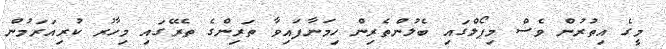
މީގެ އިތުރުން ވެސް މިޕޯލްގައި ބެލުންތެރިން ހިމަނާފައިވާ ތަރިންގެ ތެރޭގައި މިހާރު ކުރިއަރަމުން